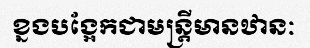
ខ្នងបង្អែកជាមន្ត្រីមានឋានៈ